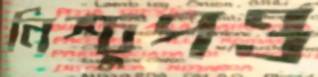
নিশ্চুপও